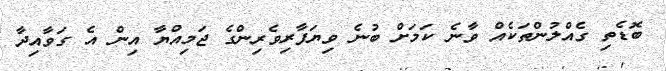
ބޮޑެތި ގެއްލުންތަކެއް ވާނެ ކަމަށް ބުނެ ވިޔަފާރިވެރިންގެ ޖަމިއްޔާ އިން އެ ގަވާއިދާ